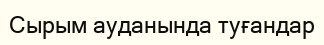
Сырым ауданында туғандар